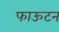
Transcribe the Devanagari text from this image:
फाऊटन